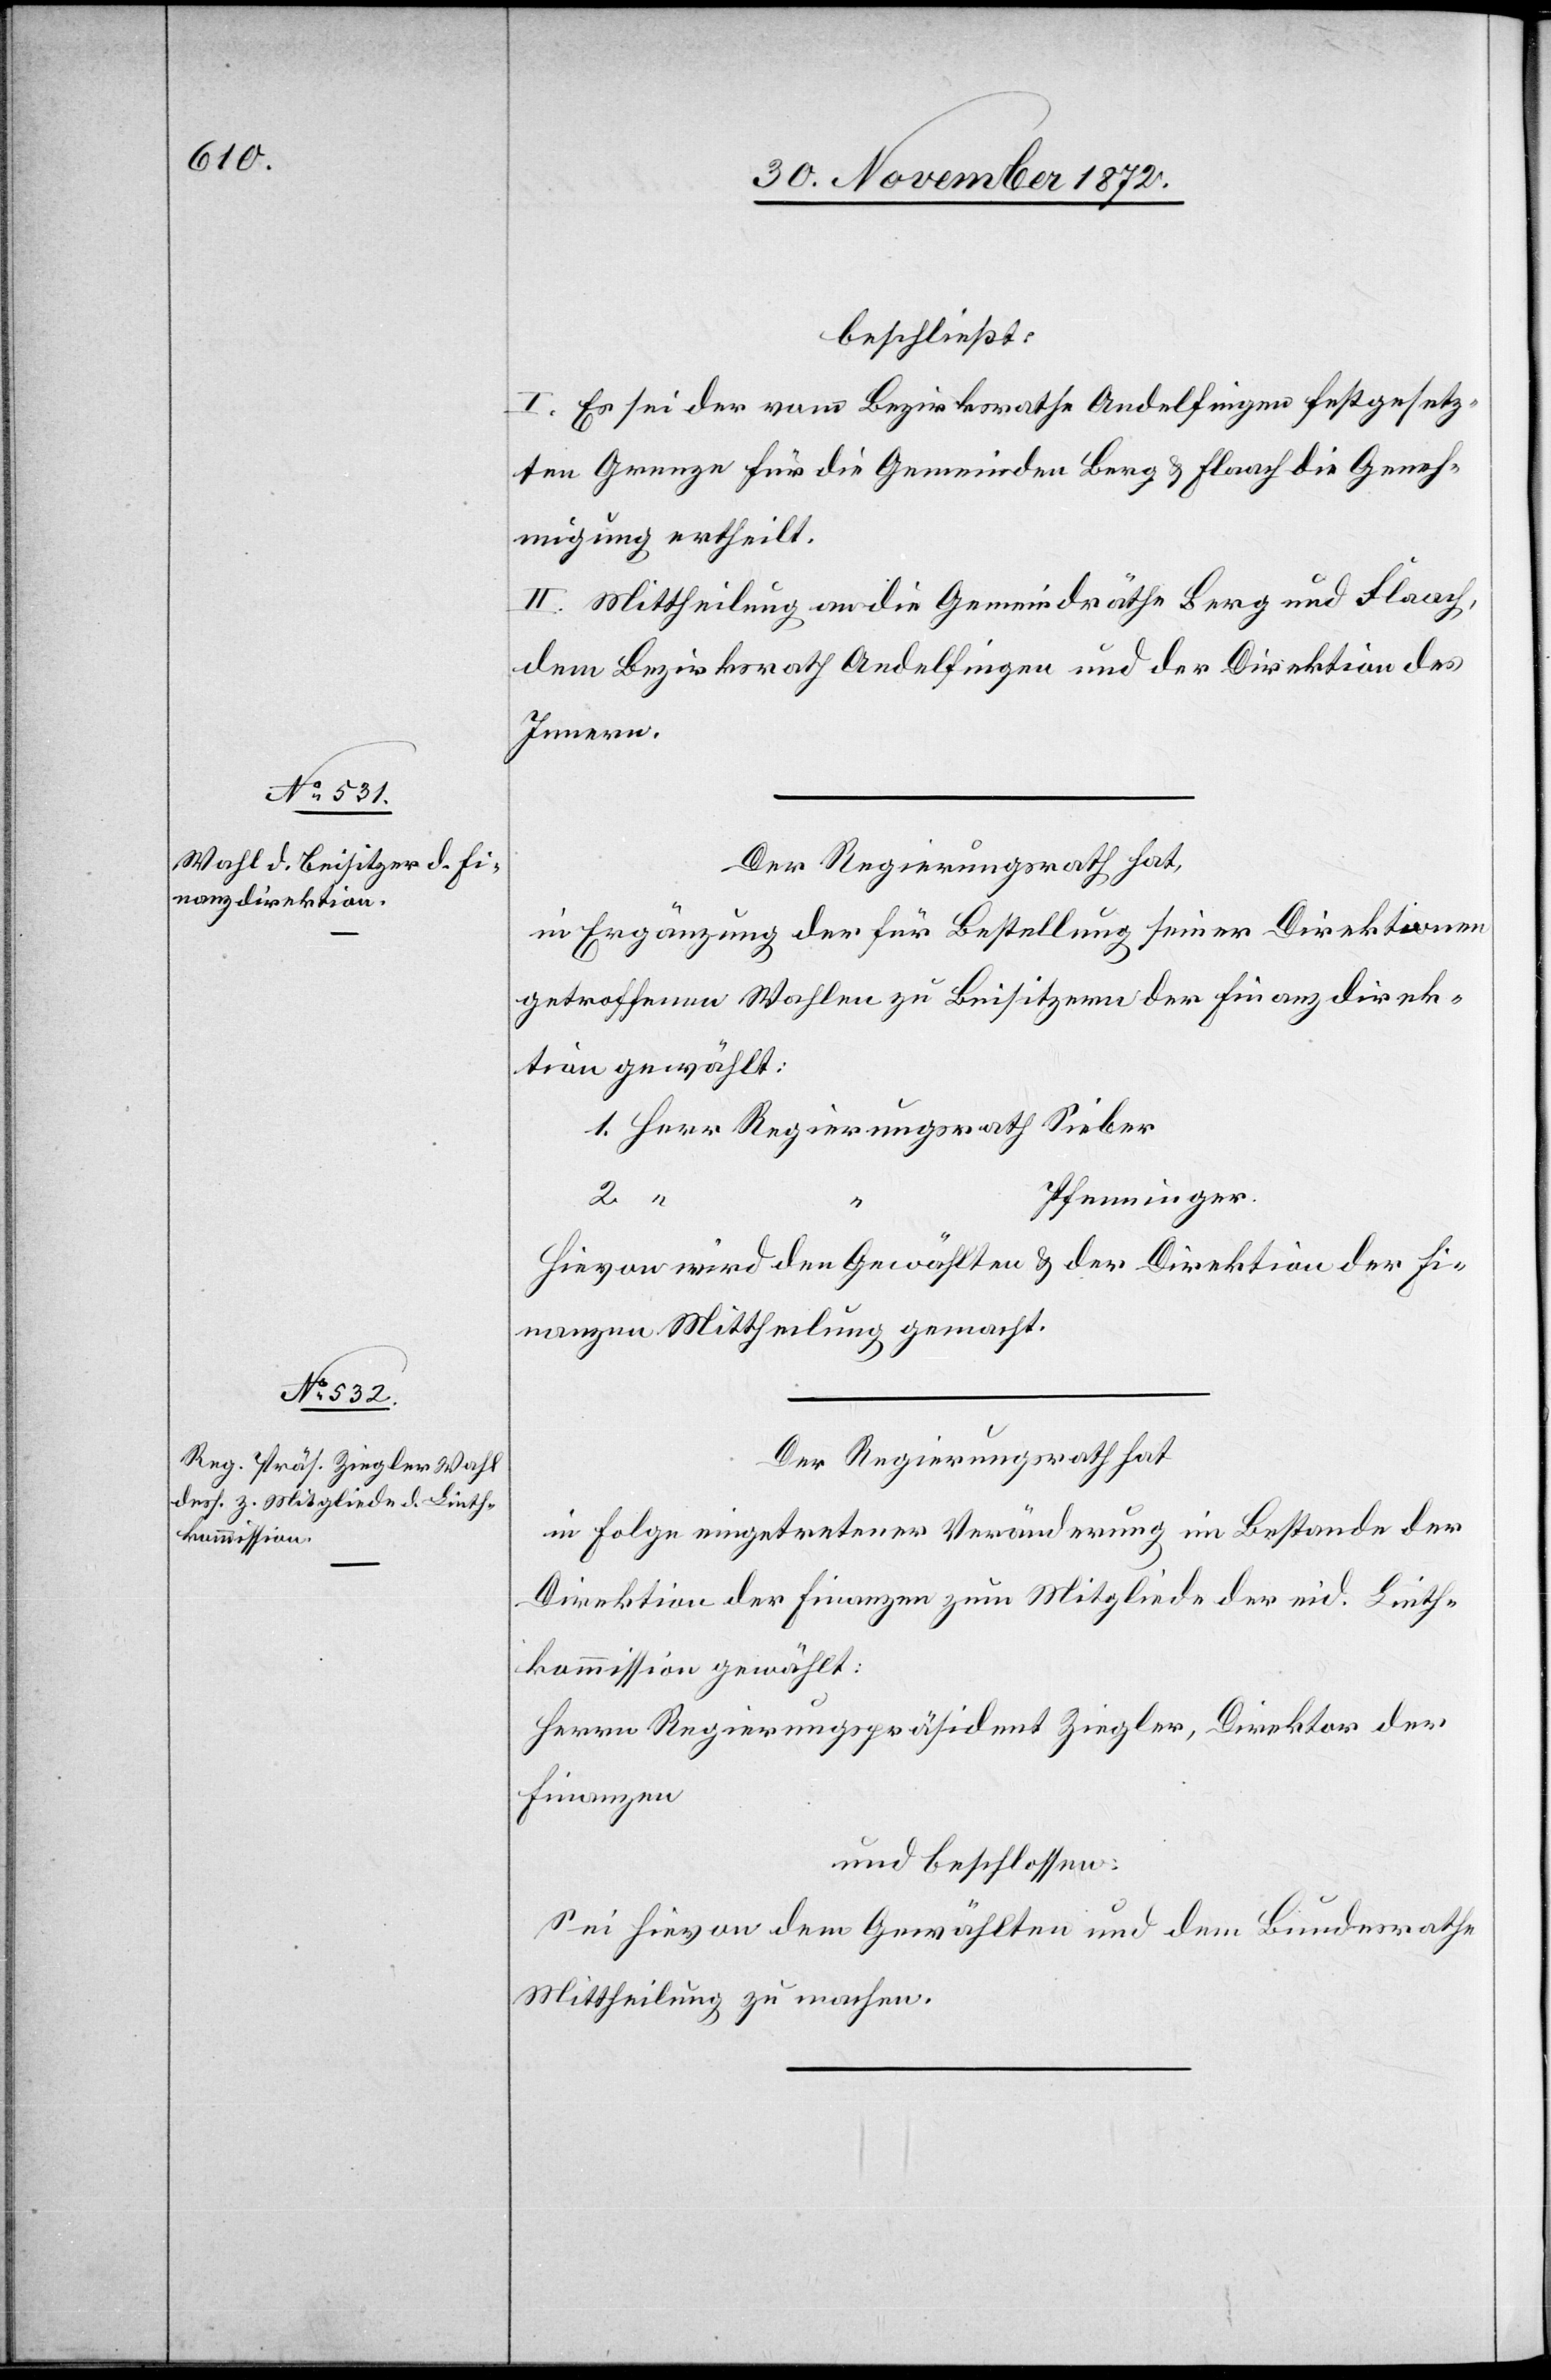
beschließt:
I. Es sei der vom Bezirksrathe Andelfingen festgesetz¬
ten Grenze für die Gemeinden Berg u. Flaach die Geneh¬
migung ertheilt.
II. Mittheilung an die Gemeindräthe Berg und Flaach,
dem Bezirksrath Andelfingen und der Direktion des
Innern.
Der Regierungsrath hat,
in Erwägung der für Bestellung seiner Direktionen
getroffenen Wahlen zu Beisitzern der Finanzdirek¬
tion gewählt:
Pfenninger.
2.
Hievon wird den Gewählten u. der Direktion der Fi¬
nanzen Mittheilung gemacht.
Der Regierungsrath hat
in Folge eingetretener Veränderung im Bestande der
Direktion der Finanzen zum Mitgliede der eid. Linth¬
kommission gewählt:
Herrn Regierungspräsident Ziegler, Direktor der
Finanzen
und beschlossen:
Sei hievon dem Gewählten und dem Bundesrathe
Mittheilung zu machen.